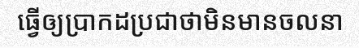
ធ្វើឲ្យប្រាកដប្រជាថាមិនមានចលនា